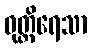
ဝုတ္တိရေသာ